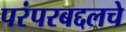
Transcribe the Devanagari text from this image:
परंपरबद्दलचे